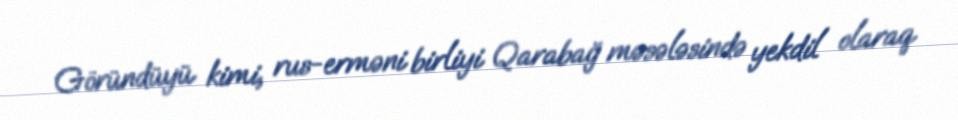
Göründüyü kimi, rus-erməni birliyi Qarabağ məsələsində yekdil olaraq